Annual report of lunatic asylums [Bombay] - 1912-1922
Year: 1912
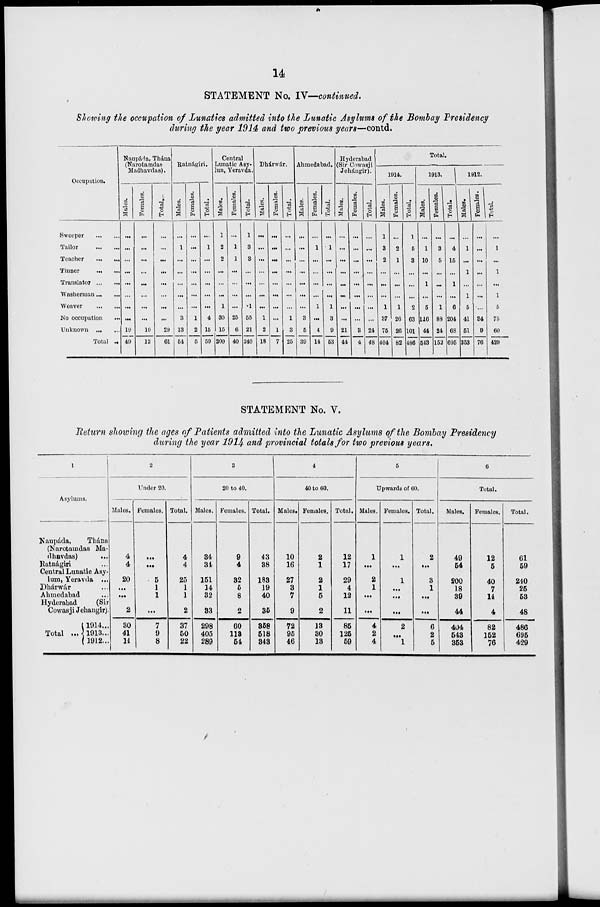
14
STATEMENT No. IV—continued.
Showing the occupation of Lunatics admitted into the Lunatic Asylums of the Bombay Presidency
during the year 1914 and two previous years—contd.
Occupation.
Sweeper
...
...
Tailor
...
...
Teacher
...
...
Tinner
...
...
Translator ...
...
Washerman ... ...
Weaver
...
...
No occupation ...
Unknown
...
...
Total ...
Naupárla, Thána
(Narotamdas
Madhavdas).
Males.
...
...
...
...
...
...
...
...
19
49
Females.
...
...
...
...
...
...
...
...
10
12
Total.
...
...
...
...
...
...
...
...
29
61
Ratnágiri.
Males.
...
1
...
...
...
...
...
3
13
54
Females.
...
...
...
...
...
...
1
2
5
Total.
...
1
...
...
...
...
...
4
15
59
Central
Lunatic Asy-
lun, Yeravda.
Males.
1
2
2
...
...
...
1
30
15
200
Females.
...
1
1
...
...
...
...
25
6
40
Total.
1
3
3
...
...
...
1
55
21
240
Dhárwár.
Males.
...
...
...
...
...
...
...
1
2
18
Females.
...
...
...
...
...
...
...
...
1
7
Total.
...
...
...
...
...
...
1
3
25
Ahmedabad.
Males.
...
...
...
...
...
...
...
3
5
39
Females.
...
1
...
...
...
...
1
...
4
14
Total.
...
1
...
...
...
...
1
3
9
53
Hyderabad
(Sir Cowasji
Jehángir).
Males.
...
...
...
...
...
...
...
...
21
44
Females.
...
...
...
...
...
...
...
...
3
4
Total.
...
...
...
...
...
...
24
48
Total.
1914.
Males.
1
3
2
...
...
...
1
37
75
404
Females.
...
2
1
...
...
...
1
26
26
82
Total.
1
5
3
...
...
...
2
63
101
486
1913.
Males.
...
1
10
...
1
...
5
116
44
543
Females.
...
3
5
...
...
...
1
88
24
152
Total.
...
4
15
...
1
...
6
204
68
695
1912.
Males.
...
1
...
1
...
1
5
41
51
353
Females.
...
...
...
...
...
...
...
34
9
76
Total.
...
1
...
1
...
1
5
75
60
429
STATEMENT No. V.
Return showing the ages of Patients admitted into the Lunatic Asylums of the Bombay Presidency
during the year 1914 and provincial totals for two previous years.
1
Asylums.
Naupáda,
Thána
(Narotamdas Ma-
dhavdas)
...
Ratnágiri ...
Central Lunatic Asy-
lum, Yeravda ...
Dhárwár ...
Ahmedabad ...
Hyderabad
(Sir
Cowasji Jehangir).
Total ...
1914...
1913...
1912...
2
Under 20.
Males.
4
4
20
...
...
2
30
41
14
Females.
...
...
5
1
1
...
7
9
8
Total.
4
4
25
1
1
2
37
50
22
3
20 to 40.
Males.
34
34
151
14
32
33
298
405
289
Females.
9
4
32
5
8
2
60
113
54
Total.
43
38
183
19
40
35
358
518
343
4
40 to 60.
Males.
10
16
27
3
7
9
72
95
46
Females.
2
1
2
1
5
2
13
30
13
Total.
12
17
29
4
12
11
85
125
59
5
Upwards of 60.
Males.
1
...
2
1
...
...
4
2
4
Females.
1
...
1
...
...
...
2
...
1
Total.
2
...
3
1
...
...
6
2
5
6
Total.
Males.
49
54
200
18
39
44
404
543
353
Females.
12
6
40
7
14
4
82
152
76
Total.
61
59
240
25
53
48
486
695
429